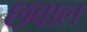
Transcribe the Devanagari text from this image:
छवाल